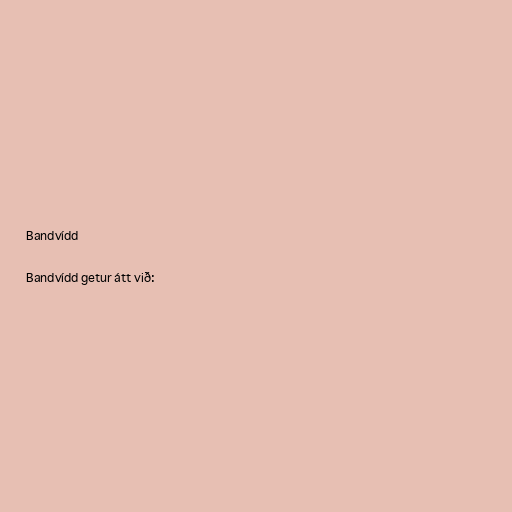
Bandvídd

Bandvídd getur átt við: